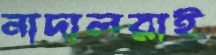
নাদালরাই